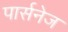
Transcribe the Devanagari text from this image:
पार्सनेज